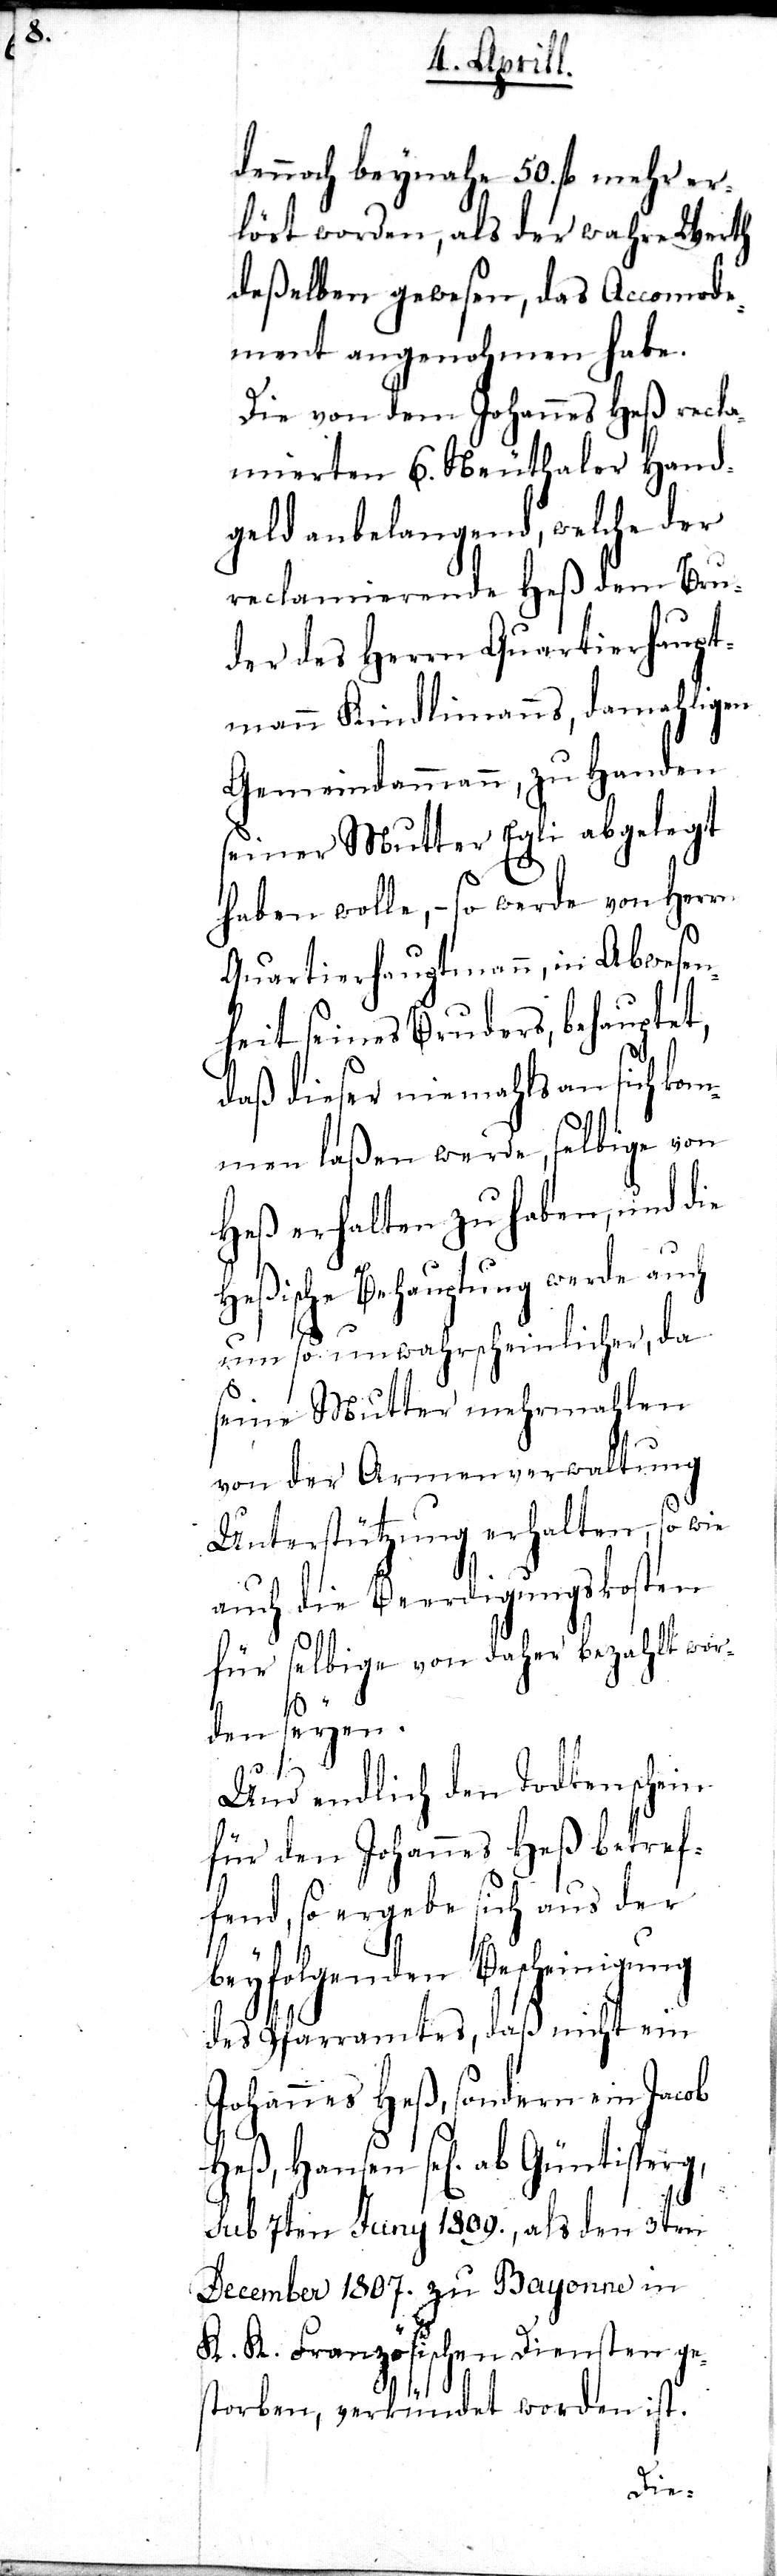
ge¬

dennoch beynahe 50. fl. mehr er¬
löst worden, als der wahre Werth
deßelben gewesen, das Accomode¬
ment angenohmen ha¬
sten
Die von dem Johannes
mierten 6. Neuthaler Hand¬
geld anbelangend, welche der
reclamierende Heß dem Bru¬
der des Herrn Quartierhaupt¬
mahligen
mann Kindlimanns, d¬
Gemeindammann, zu Handen
seiner Mutter Egli abgelegt
haben wolle,– so werde von Herrn
Quartierhauptmann, in Abwesen¬
heit seines Bruders, behaupte¬
daß dieser niemahls an sich ko¬
mmen laßen werde, selbige von
nd die
Heß erhalten zu habe¬
Heßische Behauptung werde auch
um so unwahrschein¬
seine Mutter mehrmahlen
von der Armenverwaltung
Unterstützung erhalten,
auch die Beerdigungs¬
t,
so
für selbige von daher bezahlt
den seyen.
Und endlich den Todtensc¬
für den Johannes Heß
fend, so ergebe sich aus
beyfolgenden Bescheinigung
des Pfarramtes, daß nicht
Johannes Heß, sondern ein Jacob
Hausen sel[igen]. ab Güntisperg,
sub 7ten Juny 1809., als den 3ten
December 1807. zu Bayonne in
da
K. K. Französischen Dien¬
storben, verkündet worden ist.